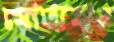
মোতাহার